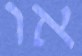
או